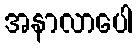
အနာလာပေါ